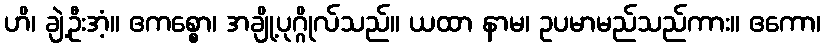
ဟိ၊ ချဲ့ဦးအံ့။ ဧကစ္စော၊ အချို့ပုဂ္ဂိုလ်သည်။ ယထာ နာမ၊ ဥပမာမည်သည်ကား။ ဧကော၊